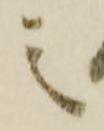
之